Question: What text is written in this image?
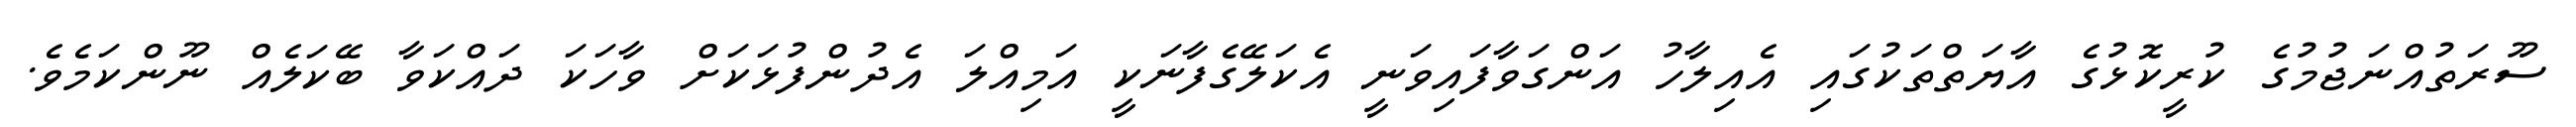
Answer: ސޫރަތުއްނަޖުމުގެ ކުރީކޮޅުގެ އާޔަތްތަކުގައި އެއިލާހު އަންގަވާފައިވަނީ އެކަލޭގެފާނަކީ އަމިއްލަ އެދުންފުޅަކަށް ވާހަކަ ދައްކަވާ ބޭކަލެއް ނޫންކަމެވެ.